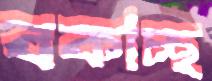
বকাচ্ছ